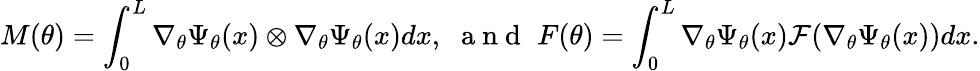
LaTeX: M(\theta)=\int_{0}^{L}\nabla_{\theta}\Psi_{\theta}(x)\otimes\nabla_{\theta}\Psi_{\theta}(x)dx,\, \, \mathrm{~a~n~d~}\, \, F(\theta)=\int_{0}^{L}\nabla_{\theta}\Psi_{\theta}(x)\mathcal{F}(\nabla_{\theta}\Psi_{\theta}(x))dx.